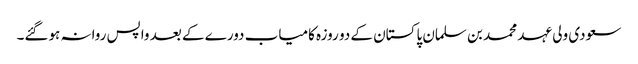
سعودی ولی عہد محمد بن سلمان پاکستان کے دو روزہ کامیاب دورے کے بعد واپس روانہ ہوگئے۔